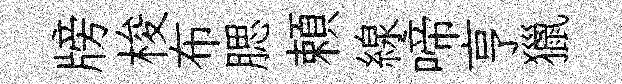
牓梭布腮頼線啼亨獵